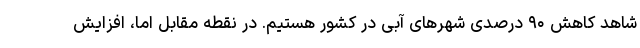
شاهد کاهش ۹۰ درصدی شهرهای آبی در کشور هستیم. در نقطه مقابل اما، افزایش